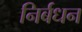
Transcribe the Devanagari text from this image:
निर्बधन